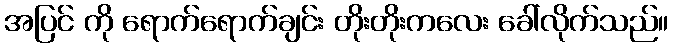
အပြင် ကို ရောက်ရောက်ချင်း တိုးတိုးကလေး ခေါ်လိုက်သည်။